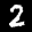
Label: 2